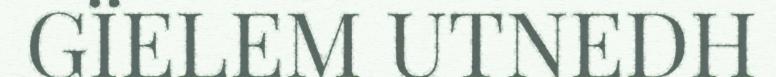
GÏELEM UTNEDH